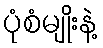
ပုံစံမျိုးနဲ့